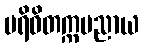
ပရိဝိတက္ကမညာယ